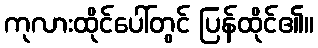
ကုလားထိုင်ပေါ်တွင် ပြန်ထိုင်၏။